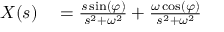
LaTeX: \begin{array} { r l } { X ( s ) } & { { } = { \frac { s \sin ( \varphi ) } { s ^ { 2 } + \omega ^ { 2 } } } + { \frac { \omega \cos ( \varphi ) } { s ^ { 2 } + \omega ^ { 2 } } } } \end{array}